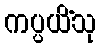
ကပ္ပယိံသု